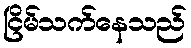
ငြိမ်သက်နေသည်